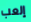
إلعب